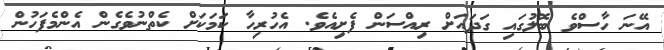
އޭނަ ހާސްވެ ބޮލުގައި ގަދައަށް ރިއްސަން ފެށިއެވެ. އެހުރިހާ ކަމަކަށް ކެތްނުވެގެން އެންމެފަހުން